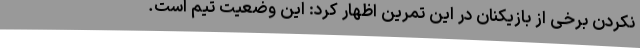
نکردن برخی از بازیکنان در این تمرین اظهار کرد: این وضعیت تیم است.